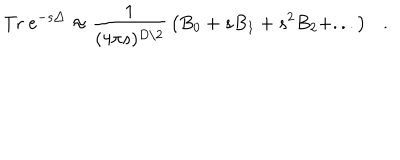
LaTeX: \mathrm { T r } ~ e ^ { - s \triangle } \approx { \frac { 1 } { ( 4 \pi s ) ^ { D / 2 } } } \left( B _ { 0 } + s B _ { 1 } + s ^ { 2 } B _ { 2 } + . . . \right) .